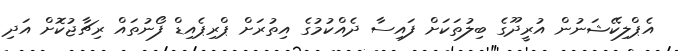
އެޕްލިކޭޝަނުން އުރީދޫގެ ބިލުތަކަށް ފައިސާ ދެއްކުމުގެ އިތުރަށް ޕްރިޕެއިޑް ފޯނުތައް ރިޗާޖުކޮށް އަދި